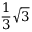
{ \frac { 1 } { 3 } } { \sqrt { 3 } }